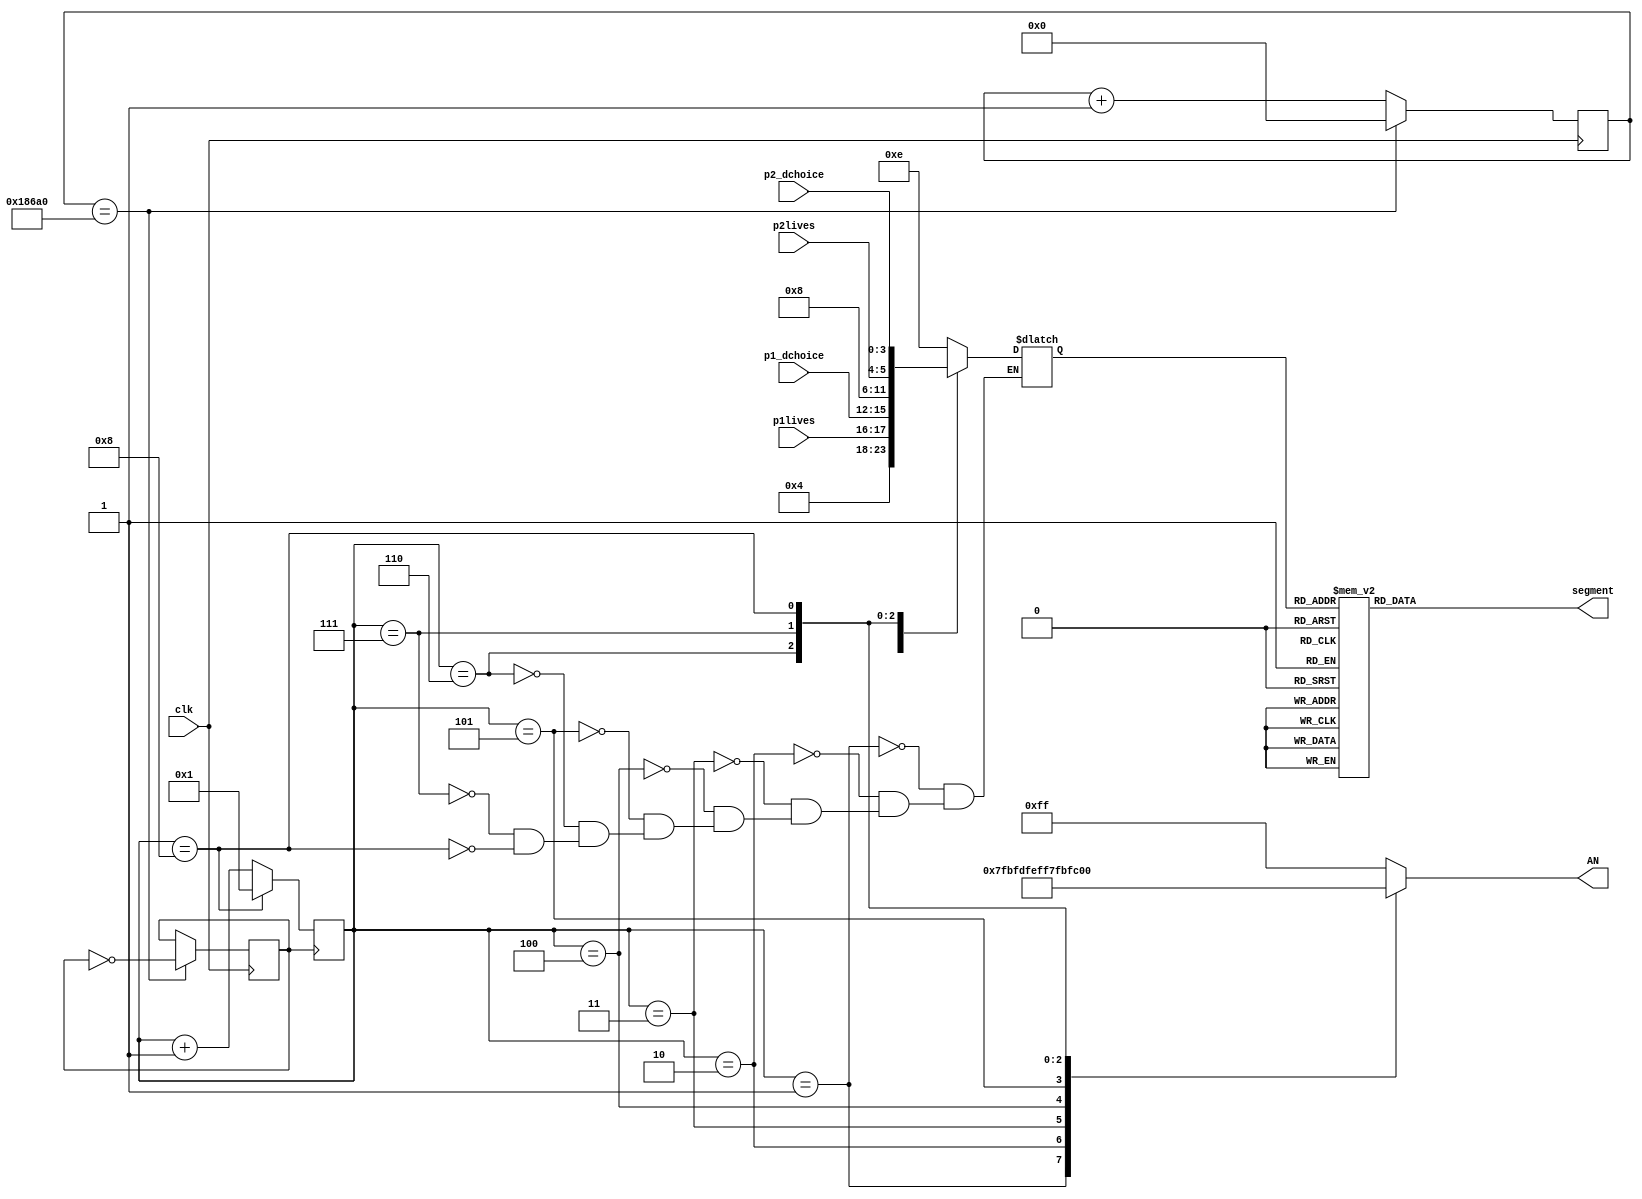
`timescale 1ns / 1ps

module display_scores(
    input clk,
    input [3:0] p1_dchoice,p2_dchoice,
    input [1:0] p1lives,p2lives,
    output [6:0] segment,
    output [7:0] AN
    );
    
    reg refresh_clk=0;
    
    reg [19:0] refresh_counter = 20'd0;
    
    //drive refresh clock, 100MHz-->1KHz
    always @(posedge clk)
    begin 
        if(refresh_counter==20'd100000)begin //(use counter==20'd100000) 1E5 us = 1 ms (Periods of clk and refresh_clk, respectively) 
            refresh_counter <= 0;
            refresh_clk=~refresh_clk;
        end
        else
            refresh_counter <= refresh_counter + 1;
    end
    
    //iterate anode_counter
    reg [3:0] anode_counter=4'd1;
    always@(posedge refresh_clk)begin
       if(anode_counter==4'd8)
       anode_counter<=1;
       else anode_counter=anode_counter+1;
    end
    
    //activate anodes according to anode_counter
    reg [3:0] bcd;
    reg [7:0] an;
    always@(*)begin
    case(anode_counter)
        1: begin 
            an<=8'b01111111;
            bcd=4'd14;
           end
        2: begin
            an<=8'b10111111;
            bcd=4'd1;
           end 
        3: begin 
            an<=8'b11011111;
            bcd=p1lives;
           end
        4: begin 
            an<=8'b11101111;
            bcd=p1_dchoice;
           end
        5: begin 
            an<=8'b11110111;
            bcd=4'd14;
           end
        6: begin
            an<=8'b11111011;
            bcd<=4'd2;
           end
        7: begin
            an<=8'b11111101;
            bcd<=p2lives;
           end
        8: begin
            an<=8'b11111110;
            bcd<=p2_dchoice;
           end
        default: an<=8'b11111111;
    endcase
    end
    
    //assign segments accordingly
    reg [6:0] seg;
    always@(bcd)
    case(bcd)
    0: seg = 7'b0000001; // "0"     
    1: seg = 7'b1001111; // "1" 
    2: seg = 7'b0010010; // "2" 
    3: seg = 7'b0000110; // "3" 
    4: seg = 7'b1001100; // "4" 
    5: seg = 7'b0100100; // "5" 
    6: seg = 7'b0100000; // "6" 
    7: seg = 7'b0001111; // "7" 
    8: seg = 7'b0000000; // "8"     
    9: seg = 7'b0000100; // "9" 
    10: seg = 7'b1111110; // "-" for idle
    11: seg = 7'b1000010; //"d" for duck
    12: seg = 7'b0111001; //"r" for reload
    13: seg = 7'b0100100; //"5" for shoot
    14: seg = 7'b0011000; //"P" for player
    default: seg = 7'b1111111; //" " for blank
    endcase
    
    assign segment=seg; 
    assign AN=an;
    



endmodule